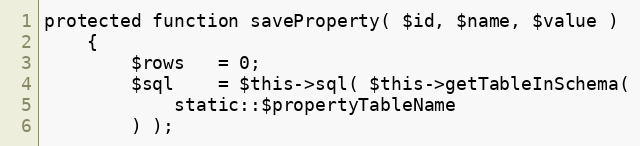
Language: PHP
protected function saveProperty( $id, $name, $value )
    {
        $rows   = 0;
        $sql    = $this->sql( $this->getTableInSchema(
            static::$propertyTableName
        ) );